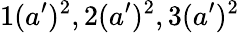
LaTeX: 1(a^{\prime})^{2},2(a^{\prime})^{2},3(a^{\prime})^{2}